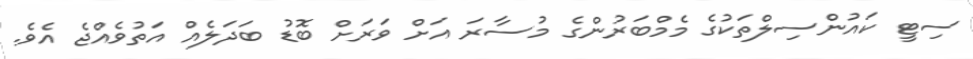
ސިޓީ ކައުންސިލްތަކުގެ މެމްބަރުންގެ މުސާރަ އަށް ވަރަށް ބޮޑު ބަދަލެއް އަތުވެއްޖެ އެވެ.